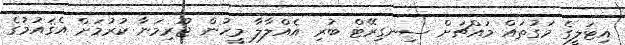
އިޓަލީގެ މަގުތައް މައްޗަށް ސިނގިރޭޓް ބުރި އެއްލާލާ މީހުން ޖޫރިމަނާ ކުރުމަށް އެޤައުމުގެ